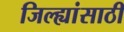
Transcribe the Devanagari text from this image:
जिल्ह्यांसाठी